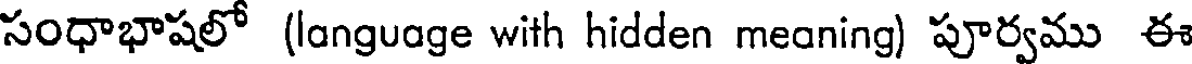
సంధాభాషలో (language with hidden meaning) పూర్వము ఈ